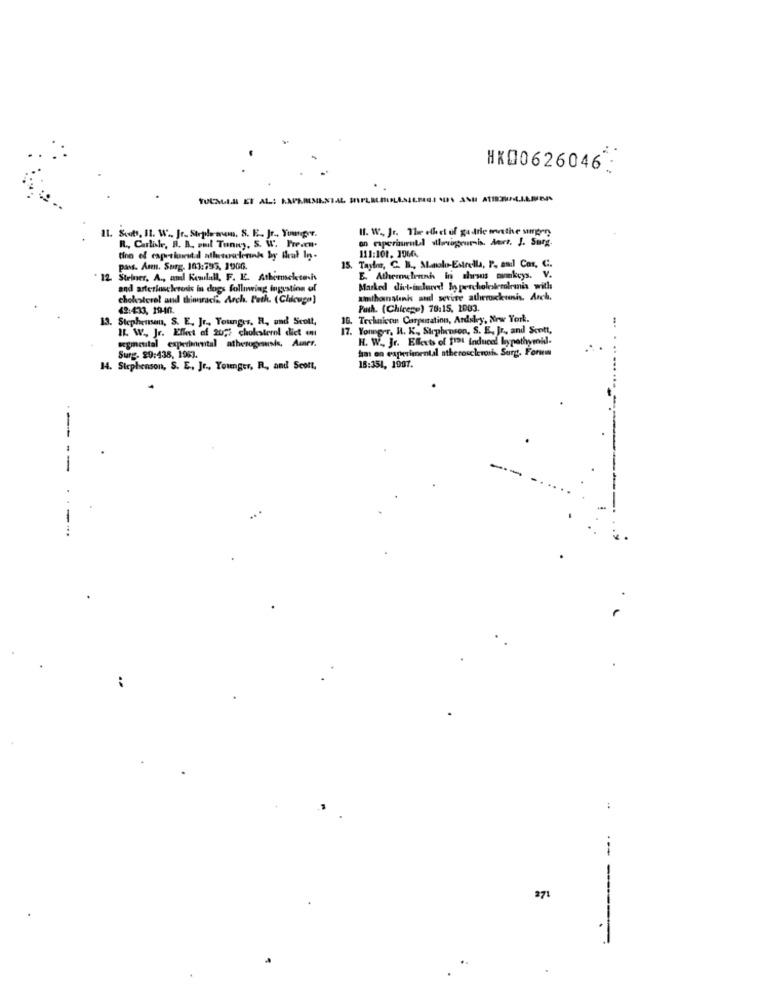
HK00626046:
Il. W. Jr. The elle of gadrie mathe surgery
It. South, II. W .. Jr. Shplasms, S. E. Jr ., Youmgr.
an experimental wwwagrumis. Aurt. J. Surg.
R ., Carlisle, B. B. ouil Tunny, S. W. Prean.
111:101. 1964%.
pass. Amen. Surg. 103:795, 1906.
. Taylor, C. B ., Manolo-Estrella, P, and Cor, C.
12 Steiner, A ., and Kewlall, F. E. Atheroscktesis
E. Athermelenni in shrsus momkeys. V.
and arteriosclerosis in dogs following ingestion of
Marked divt-indeed! hypercholesterolemnis with
cholesterol and thoraciz. Arch. Peth. (Chicago]
amthanalink and wevire atherockunis. Arch.
42:433, 1940.
Puth. (Chicege) 78:15, 1003.
13. Stephensen, S. E. Jr ., Tounges, A, und Scott,
16. Technicon Carperation, Ardsley, New York.
IL. W ., Jr. Effect of 2022 cholesterol diet on
. Younger, R. K ., Stephenson, S. E. Jr ., and Scott,
segmental experimental athesugrausis, Auer.
H. W. Jr. Effects of frat induced hypothyroid-
hm on experimental atherosclerosis. Surg. Form
Surg. 29:438, 1983.
14. Stephenson, S. E ., Jr ., Younger, R ., and Scott,
16:351, 1907.
- --
.. .
371
--- -------